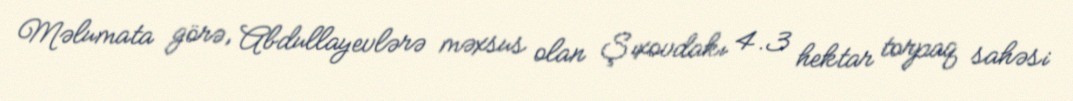
Məlumata görə, Abdullayevlərə məxsus olan Şıxovdakı 4.3 hektar torpaq sahəsi